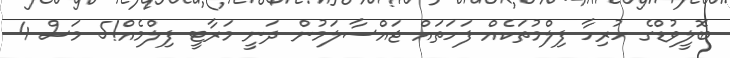
ބޮލީވުޑްގެ ހުރިހާ ފިލްމުތަކެއް ފަހަތައް ޖައްސާލަމުން ދަނީ މަރާޓީ ފިލްމެއް!5 މަސް 4